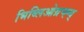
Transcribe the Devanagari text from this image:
भिब्लिओग्रप्ह्य्